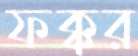
ফক্কর